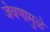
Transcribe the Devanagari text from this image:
जेवणामुळे